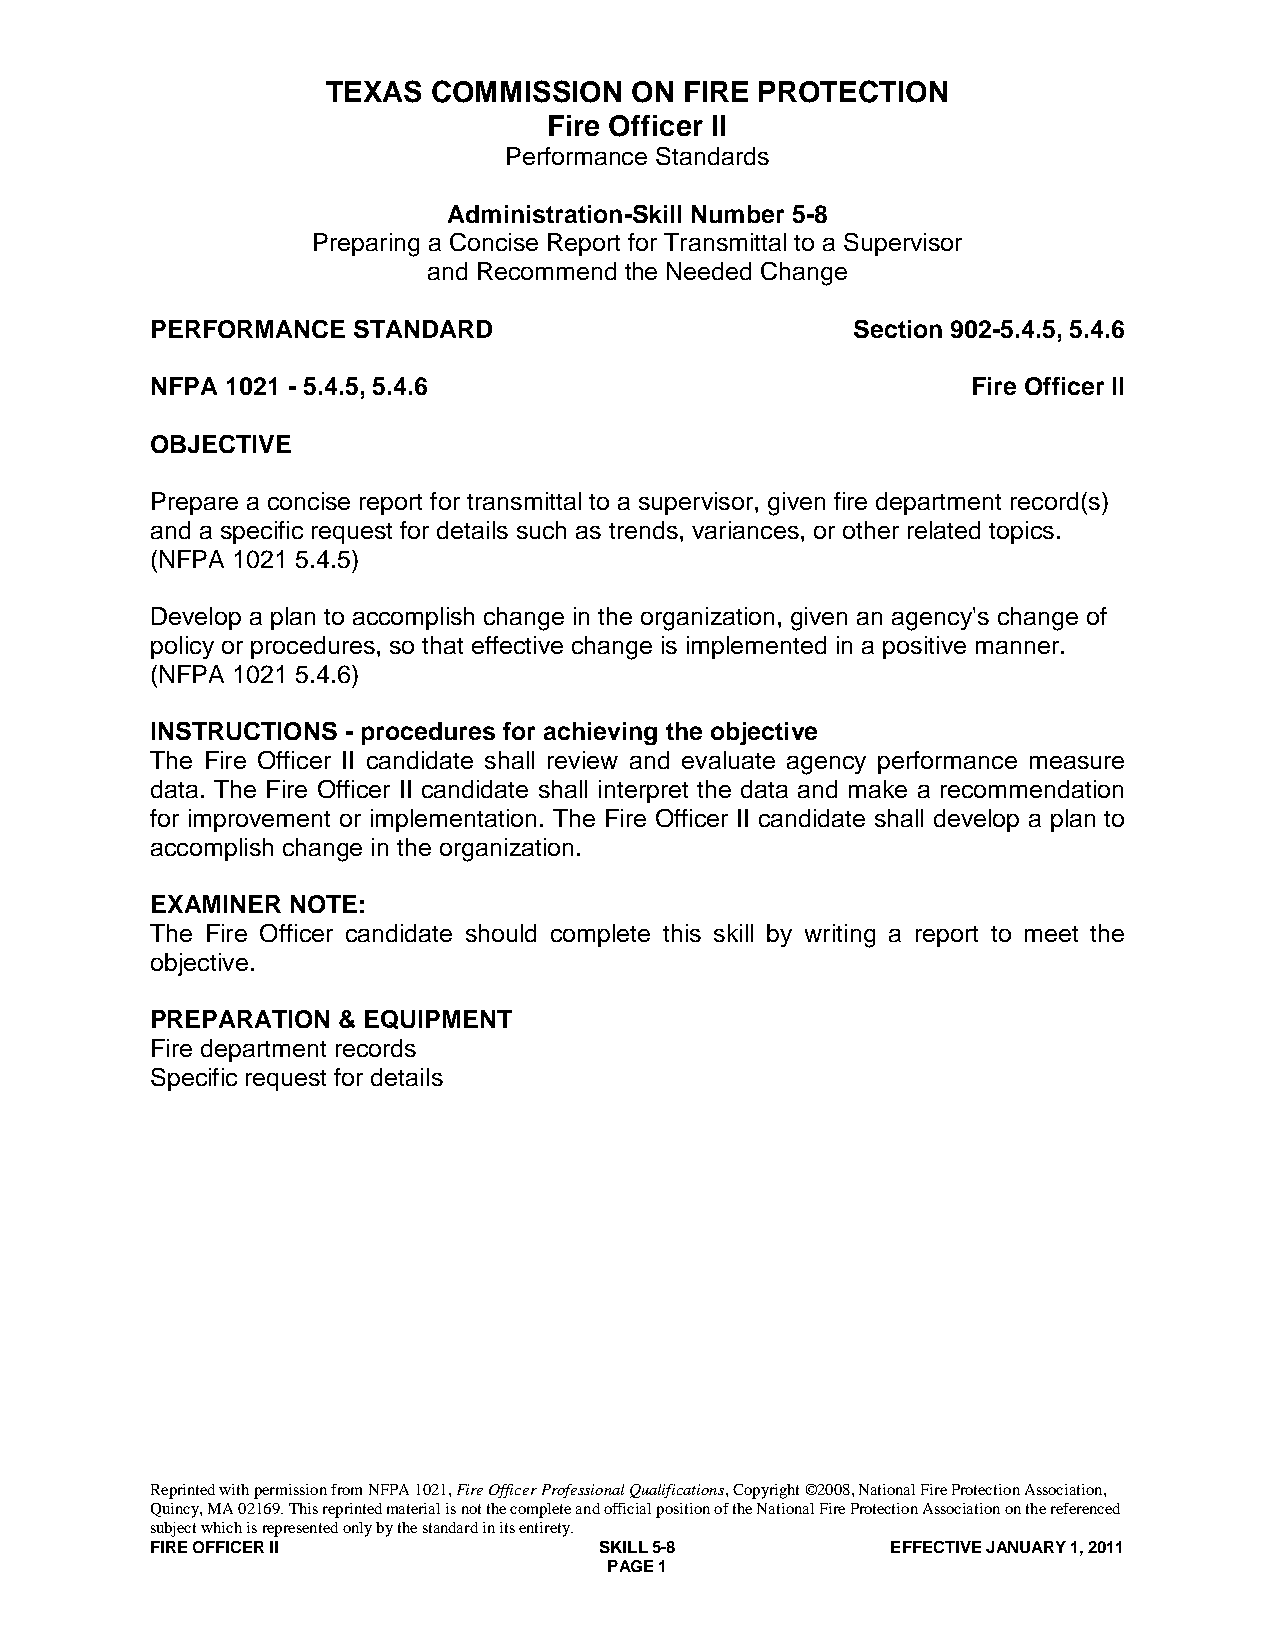
TEXAS  COMMISSION   ON FIRE PROTECTION
 Fire Officer II
 Performance Standards
 Administration-Skill Number 5-8
 Preparing a Concise Report for Transmittal to a Supervisor
 and Recommend the Needed Change
 PERFORMANCE  STANDARD                         Section 902-5.4.5, 5.4.6
 NFPA 1021 - 5.4.5, 5.4.6                              Fire Officer II
 OBJECTIVE
 Prepare a concise report for transmittal to a supervisor, given fire department record(s)
 and a specific request for details such as trends, variances, or other related topics.
 (NFPA 1021 5.4.5)
 Develop a plan to accomplish change in the organization, given an agency's change of
 policy or procedures, so that effective change is implemented in a positive manner.
 (NFPA 1021 5.4.6)
 INSTRUCTIONS - procedures for achieving the objective
 The Fire Officer II candidate shall review and evaluate agency performance measure
 data. The Fire Officer II candidate shall interpret the data and make a recommendation
 for improvement or implementation. The Fire Officer II candidate shall develop a plan to
 accomplish change in the organization.
 EXAMINER NOTE:
 The Fire Officer candidate should complete this skill by writing a report to meet the
 objective.
 PREPARATION & EQUIPMENT
 Fire department records
 Specific request for details
 Reprinted with permission from NFPA 1021, Fire Officer Professional Qualifications, Copyright ©2008, National Fire Protection Association,
 Quincy, MA 02169. This reprinted material is not the complete and official position of the National Fire Protection Association on the referenced
 subject which is represented only by the standard in its entirety.
 FIRE OFFICER II               SKILL 5-8          EFFECTIVE JANUARY 1, 2011
 PAGE 1